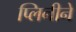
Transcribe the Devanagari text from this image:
प्लिनीने